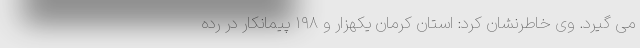
می گیرد. وی خاطرنشان کرد: استان کرمان یکهزار و ۱۹۸ پیمانکار در رده